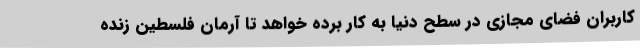
کاربران فضای مجازی در سطح دنیا به کار برده خواهد تا آرمان فلسطین زنده